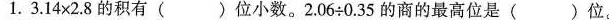
1.$$3.14\times2.8的积有()位小数。2.06:0.35的商的最高位是()位。